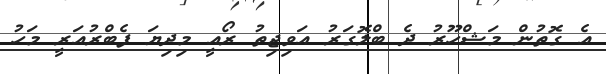
އެ ގޮތުން މަޝްހޫރު ދެ ބްލޮގަރު އަވިޖިތު ރޯއީ މިދިޔަ ފެބްރުއަރީ މަހު